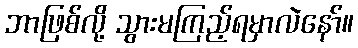
ဘာဖြစ်လို့ သွားမကြည့်ရမှာလဲနော်။